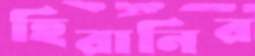
হিরানির